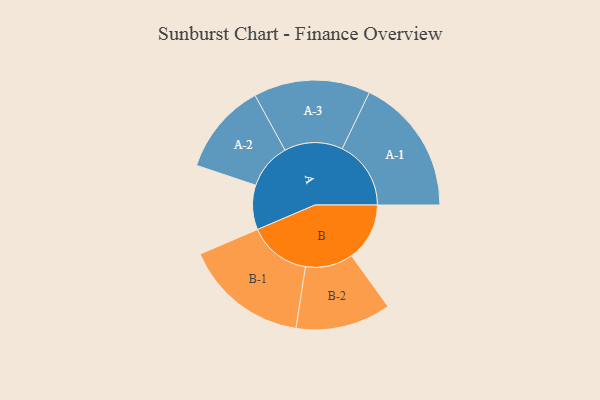
{"axis": {"x": "Segment", "y": "Value"}, "legend": ["", "A", "B"], "data": [{"x": "A", "y": 171, "type": ""}, {"x": "B", "y": 223, "type": ""}, {"x": "A-1", "y": 264, "type": "A"}, {"x": "A-2", "y": 176, "type": "A"}, {"x": "A-3", "y": 224, "type": "A"}, {"x": "B-1", "y": 239, "type": "B"}, {"x": "B-2", "y": 183, "type": "B"}]}